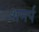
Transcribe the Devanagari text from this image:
शमर्प